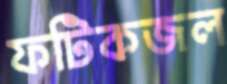
ফটিকজল